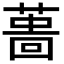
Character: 𦸜